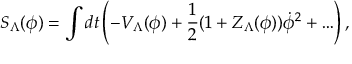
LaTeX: S _ { \Lambda } ( \phi ) = \int d t \left( - V _ { \Lambda } ( \phi ) + { \frac { 1 } { 2 } } ( 1 + Z _ { \Lambda } ( \phi ) ) \dot { \phi } ^ { 2 } + \ldots \right) ,